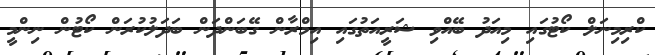
ކްރިމިނަލް ކޯޓުގައި މިއަދު ބޭއްވި ޝަރީއަތުގައި އިމްރާން ގޭބަންދަން ބަދަލުކުރަން ކޯޓުން ނިންމީ